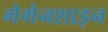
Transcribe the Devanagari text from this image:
गेगेनशाइन